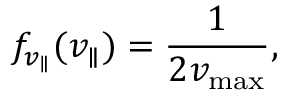
f _ { v _ { \parallel } } ( v _ { \parallel } ) = \frac { 1 } { 2 v _ { \operatorname* { m a x } } } ,